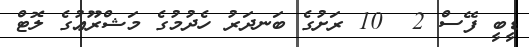
ޑީބީ ފޭސް 2  10 ރަށުގެ ބަނދަރު ހެދުމުގެ މަޝްރޫޢުގެ ލޮޓް